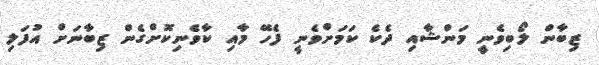
ޒިބާން ލޯބިވެނީ މަންޝާއި ދެކެ ކަމަށްވެނީ ފެހޭ މާއި ކާވެނިކޮށްގެން ޒިބާނަށް އުފަލި